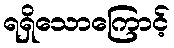
ရရှိသောကြောင့်